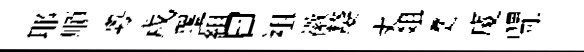
耶順粤戍罣組曰袓徽嫠丈爼煑庱閜